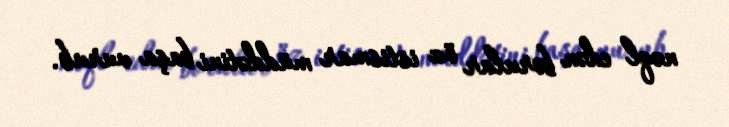
nəql edən borular öz istismar müddətini başa vurub.